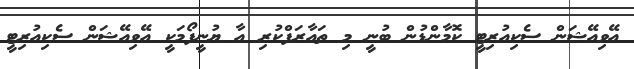
އޭވިއޭޝަން ސެކިއުރިޓީ ކޮމާންޑުން ބުނީ މި ތައާރަފްކުރި އާ ޔުނީފޯމަކީ އޭވިއޭޝަން ސެކިއުރިޓީ